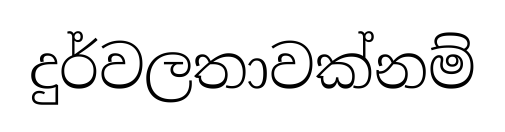
දුර්වලතාවක්නම්